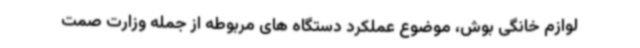
لوازم خانگی بوش، موضوع عملکرد دستگاه های مربوطه از جمله وزارت صمت